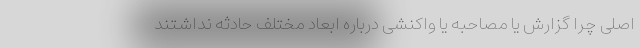
اصلی چرا گزارش یا مصاحبه یا واکنشی درباره ابعاد مختلف حادثه نداشتند